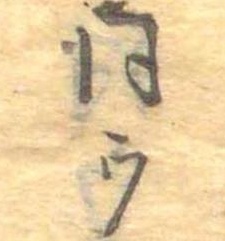
同ウ